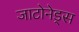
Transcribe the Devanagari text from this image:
जाटोनेड्स